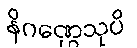
နိဂဏ္ဌေသုပိ